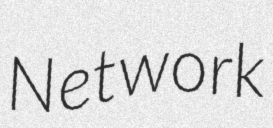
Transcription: Network